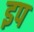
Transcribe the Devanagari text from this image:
इप